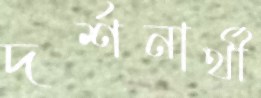
দর্শনার্থী